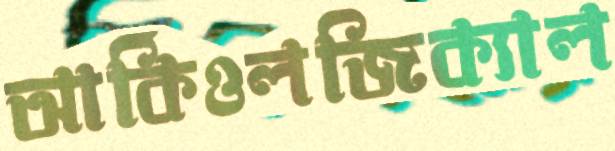
আর্কিওলজিক্যাল